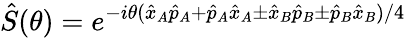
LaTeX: \hat{S}(\theta)=e^{-i\theta(\hat{x}_{A}\hat{p}_{A}+\hat{p}_{A}\hat{x}_{A}\pm\hat{x}_{B}\hat{p}_{B}\pm\hat{p}_{B}\hat{x}_{B})/4}